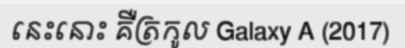
នេះនោះ គឺត្រកូល Galaxy A (2017)